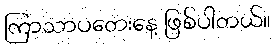
ကြာသာပတေးနေ့ ဖြစ်ပါတယ်။